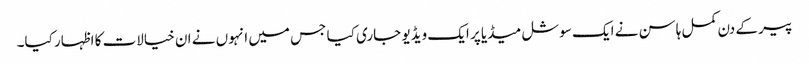
پیر کے دن کمل ہاسن نے ایک سوشل میڈیا پر ایک ویڈیو جاری کیا جس میں انہوں نے ان خیالات کا اظہار کیا۔